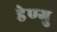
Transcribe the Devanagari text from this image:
डेण्गु